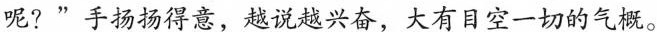
呢?”手扬扬得意，越说越兴奋，大有目空一切的气概。